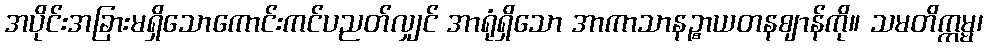
အပိုင်းအခြားမရှိသောကောင်းကင်ပညတ်လျှင် အာရုံရှိသော အာကာသာနဉ္စာယတနဈာန်ကို။ သမတိက္ကမ္မ၊